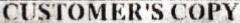
CUSTOMER'S COPY